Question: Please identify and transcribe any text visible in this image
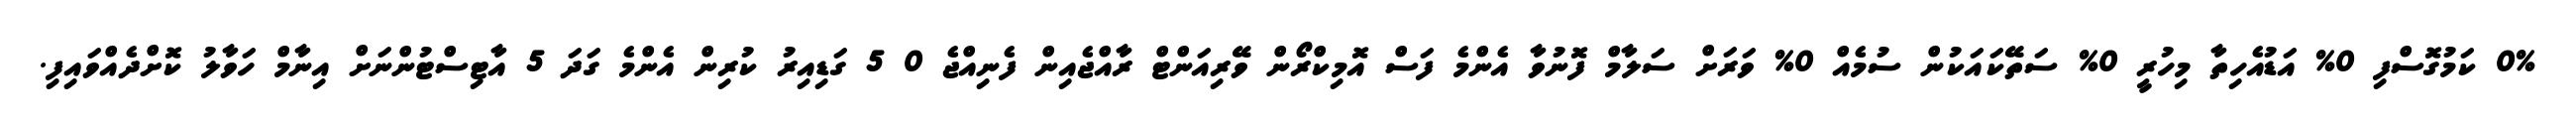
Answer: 0% ކަމުގޮސްފި 0% އަޑުއެހިތާ މިހުރީ 0% ސަތޭކައަކުން ސުމެއް 0% ވަރަށް ސަލާމް ފޮނުވާ އެންމެ ފަސް އޮމިކްރޯން ވޭރިއަންޓް ރާއްޖެއިން ފެނިއްޖެ 0 5 ގަޑިއިރު ކުރިން އެންމެ ގަދަ 5 އާޓިސްޓުންނަށް އިނާމް ހަވާލު ކޮށްދެއްވައިފި.